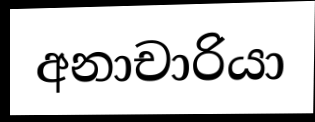
අනාචාරියා